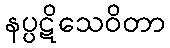
နပ္ပဋိသေဝိတာ